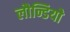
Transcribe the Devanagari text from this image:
लौन्डियोे